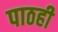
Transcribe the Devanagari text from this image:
पाठही